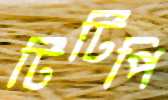
টিটিপি